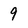
Character: 9